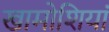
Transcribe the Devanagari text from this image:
खामोशियां